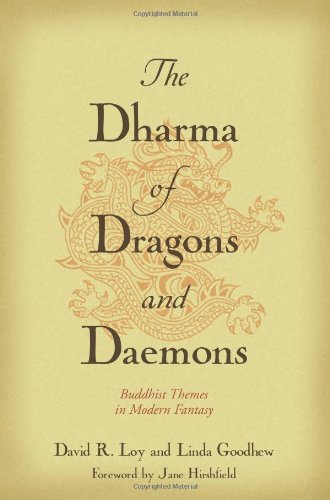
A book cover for The Dharma of Dragons and Daemons: Buddhist Themes in Modern Fantasy; David R. Loy; Science Fiction & Fantasy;